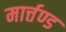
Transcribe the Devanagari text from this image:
मार्त्तण्ड